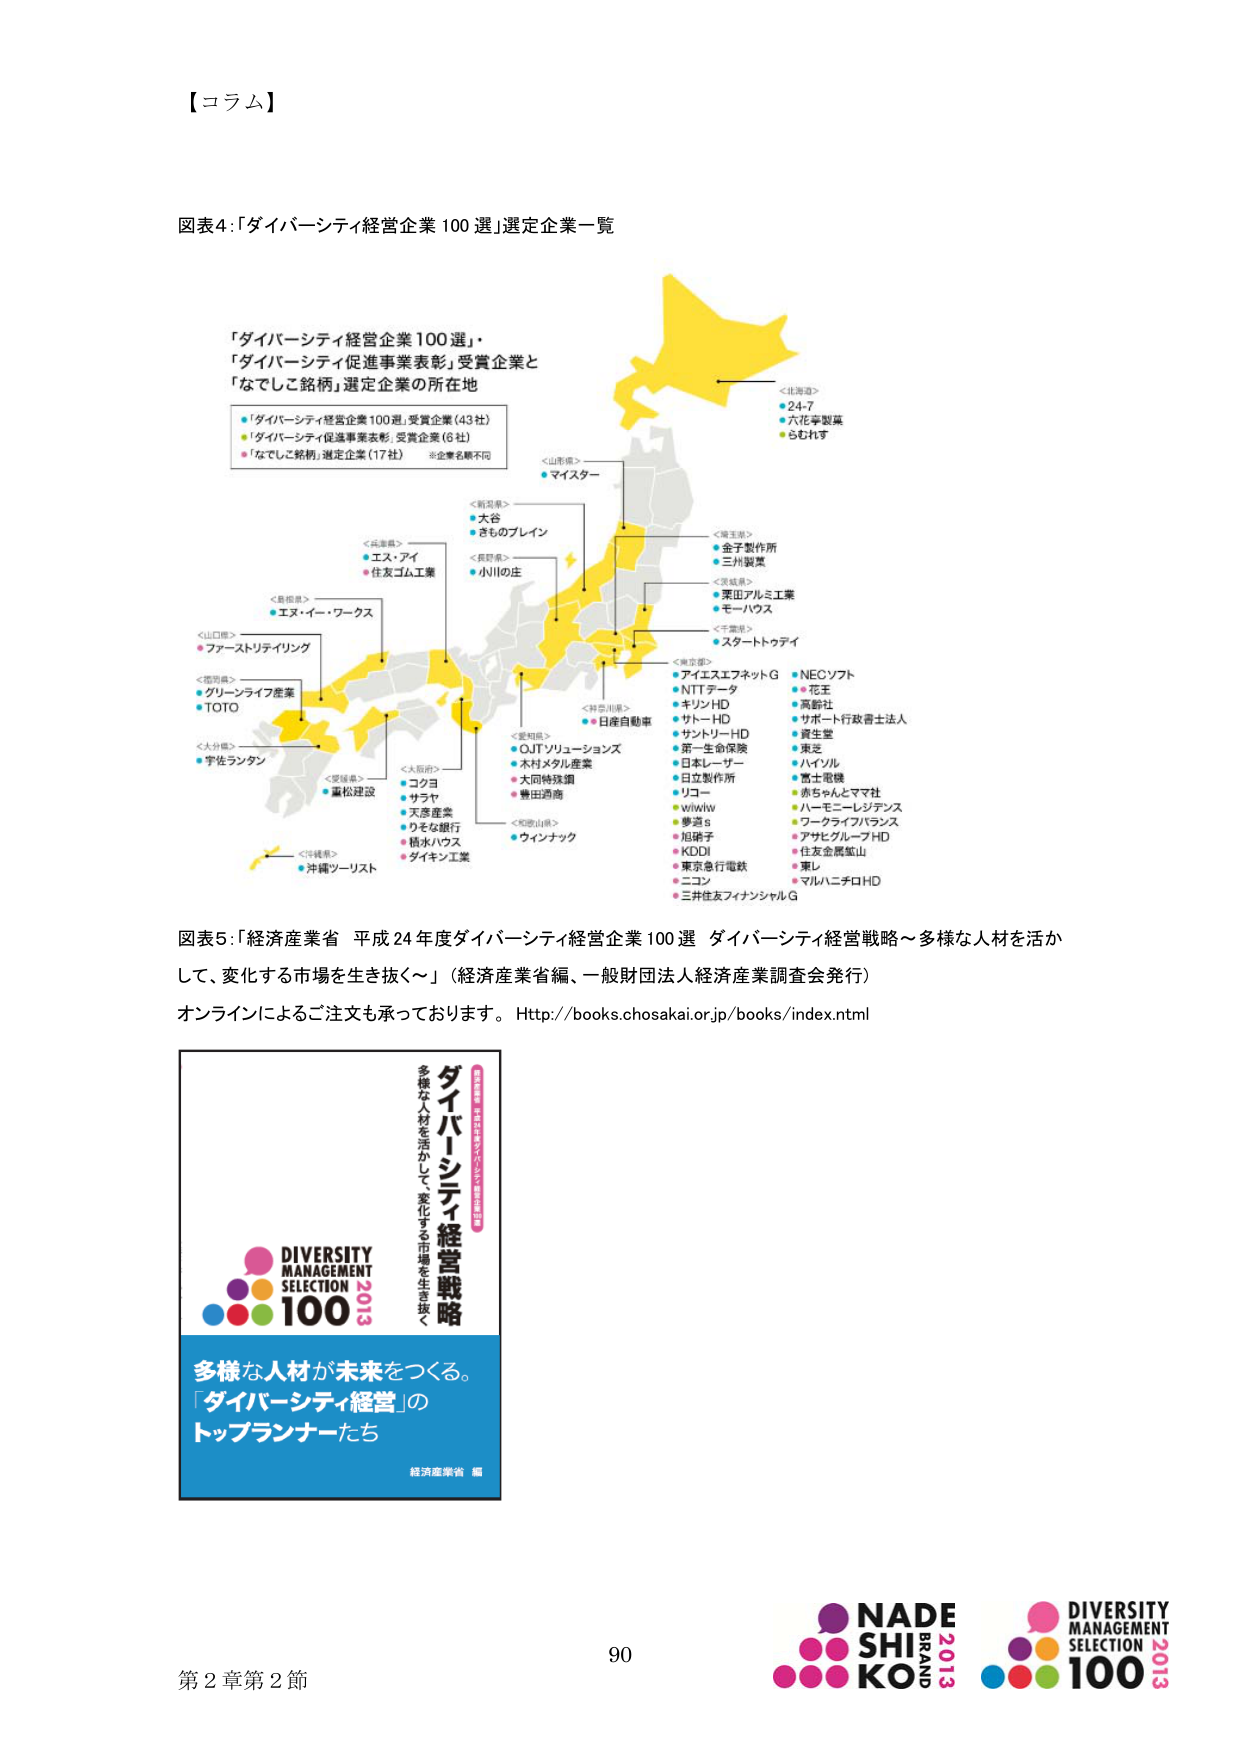
【コラム】

図表4：「ダイバーシティ経営企業100選」選定企業一覧

「ダイバーシティ経営企業100選」・
「ダイバーシティ促進事業表彰」受賞企業と
「なでしこ銘柄」選定企業の所在地

・「ダイバーシティ経営企業100選」受賞企業（43社）
・「ダイバーシティ促進事業表彰」受賞企業（6社）
・「なでしこ銘柄」選定企業（17社）　※企業名順不同

＜北海道＞
・24-7
・六花亭製菓
・らむれす

＜山形県＞
・マイスター

＜新潟県＞
・大谷
・きものブレイン

＜長野県＞
・エス・アイ
・住友ゴム工業

＜島根県＞
・エヌ・イー・ワークス

＜山口県＞
・ファーストリテイリング

＜徳島県＞
・グリーンライフ産業
・TOTO

＜大分県＞
・宇佐ランタン

＜愛媛県＞
・コシヨ
・サラヤ
・天彦産業
・カネカ銀行
・横水ハウス
・ダイキン工業

＜大阪府＞
・QUTソリューションズ
・木村メタル産業
・大同特殊鋼
・豊田通商

＜和歌山県＞
・ウインナック

＜神奈川県＞
・日産自動車

＜東京都＞
・アイエスエフネットG
・NTTデータ
・キリンHD
・サトーHD
・サントリーHD
・第一生命保険
・日本レーザー
・日立製作所
・リコー
・wiiwiiw
・夢遊s
・旭硝子
・KDDI
・東京急行電鉄
・ニコン
・三井住友フィナンシャルG

・NECソフト
・花王
・高齢社
・サポート行政書士法人
・資生堂
・東芝
・ハイソル
・富士電機
・赤ちゃんとママ社
・ハーモニーレジデンス
・ワークライフバランス
・アサヒグループHD
・住友金属鉱山
・東レ
・マルハニチロHD

＜千葉県＞
・スタートゥデイ

＜茨城県＞
・栗田アルミ工業
・モーハウス

＜埼玉県＞
・金子製作所
・三州製薬

＜沖縄県＞
・沖縄ツーリスト

図表5：「経済産業省 平成24年度ダイバーシティ経営企業100選 ダイバーシティ経営戦略～多様な人材を活かして、変化する市場を生き抜く～」（経済産業省編、一般財団法人経済産業調査会発行）
オンラインによるご注文も承っております。Http://books.chosakai.or.jp/books/index.html

DIVERSITY
MANAGEMENT
SELECTION
100
2013

ダイバーシティ経営戦略
多様な人材を活かして、変化する市場を生き抜く

多様な人材が未来をつくる。
「ダイバーシティ経営」の
トップランナーたち

経済産業省 編

第2章第2節

90

NADE
SHI
KO
BRAND
2013

DIVERSITY
MANAGEMENT
SELECTION
100
2013